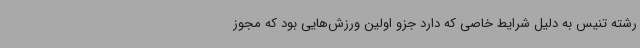
رشته تنیس به دلیل شرایط خاصی که دارد جزو اولین ورزش‌هایی بود که مجوز